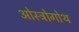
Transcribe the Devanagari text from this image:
ओस्त्रोगोथ